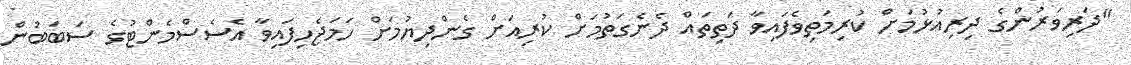
"ދަރިވަރުންގެ ދިރިއުޅުމަށް ކުރިމަތިވެފައިވާ ދަތިތައް ދެނެގަތުމަށް ކުރިއަށް ގެންދިޔުމަށް ހަމަޖެހިފައިވާ އެސެސްމެންޓުގެ ސަބަބުން